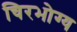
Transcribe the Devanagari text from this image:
चिरभोग्य